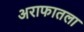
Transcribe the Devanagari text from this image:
अराफातला